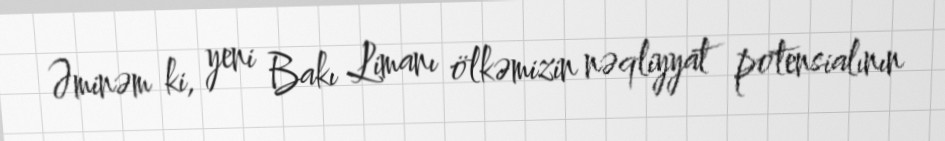
Əminəm ki, yeni Bakı Limanı ölkəmizin nəqliyyat potensialının